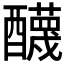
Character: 𨣱